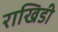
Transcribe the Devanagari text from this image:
राखिडी